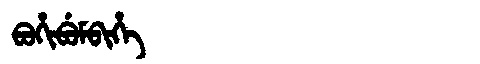
Manchu: ᠪᠣᡥᡳᠪᡠᠮᠪᡳᡥᡝ
Romanization: BOHIBUMBIHE